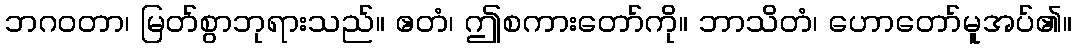
ဘဂဝတာ၊ မြတ်စွာဘုရားသည်။ ဧတံ၊ ဤစကားတော်ကို။ ဘာသိတံ၊ ဟောတော်မူအပ်၏။